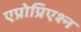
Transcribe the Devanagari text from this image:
एप्रोप्रिएश्न